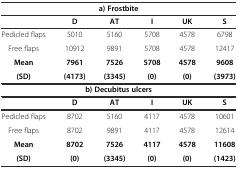
| <COLSPAN=6> a) Frostbite |
 |  | D | AT | I | UK | S |
 | --- | --- | --- | --- | --- | --- |
 | Pedicled flaps | 5010 | 5160 | 5708 | 4578 | 6798 |
 | Free flaps | 10912 | 9891 | 5708 | 4578 | 12417 |
 | Mean | 7961 | 7526 | 5708 | 4578 | 9608 |
 | (SD) | (4173) | (3345) | (0) | (0) | (3973) |
 | <COLSPAN=6> b) Decubitus ulcers |
 |  | D | AT | I | UK | S |
 | Pedicled flaps | 8702 | 5160 | 4117 | 4578 | 10601 |
 | Free flaps | 8702 | 9891 | 4117 | 4578 | 12614 |
 | Mean | 8702 | 7526 | 4117 | 4578 | 11608 |
 | (SD) | (0) | (3345) | (0) | (0) | (1423) |